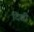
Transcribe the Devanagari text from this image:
दिसी